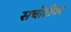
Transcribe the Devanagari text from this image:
सचोटीवर